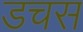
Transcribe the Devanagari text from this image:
डचस